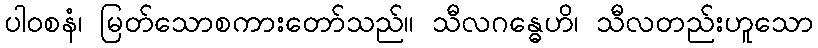
ပါဝစနံ၊ မြတ်သောစကားတော်သည်။ သီလဂန္ဓေဟိ၊ သီလတည်းဟူသော